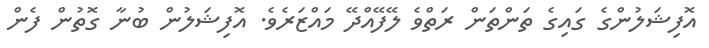
އޮފިޝަލުންގެ ގައިގެ ތަންތަން ރަތްވެ ލޭފޭއްދޭ މައްޒަރެވެ. އޮފިޝަލުން ބުނާ ގޮތުން ފެން